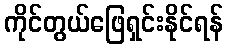
ကိုင်တွယ်ဖြေရှင်းနိုင်ရန်